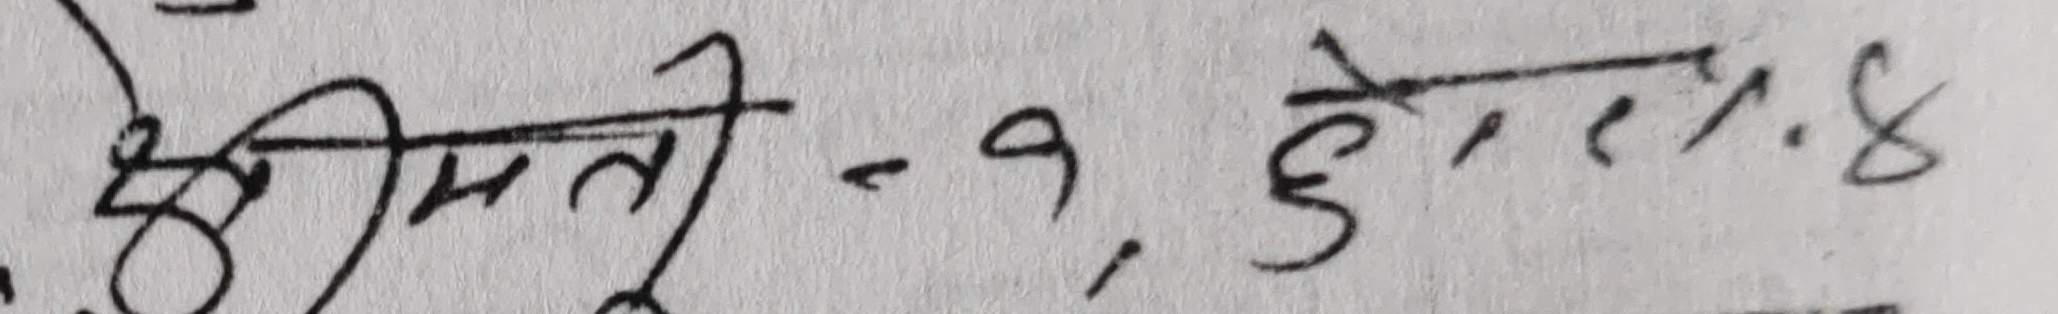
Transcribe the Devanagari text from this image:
श्रीमती - १, ३०. १.४